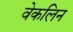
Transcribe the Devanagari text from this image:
वेकलिन